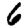
Digit: 6